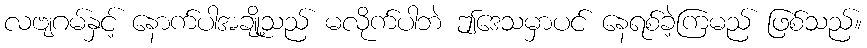
လဗျဂမ်နှင့် နောက်ပါအချို့သည် မလိုက်ပါဘဲ ဤဒေသမှာပင် နေရစ်ခဲ့ကြမည် ဖြစ်သည်။